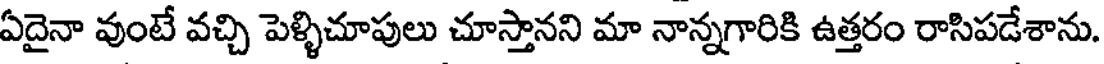
ఏదైనా వుంటే వచ్చి పెళ్ళిచూపులు చూస్తానని మా నాన్నగారికి ఉత్తరం రాసిపడేశాను.